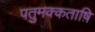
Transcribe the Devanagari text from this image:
पतुमक्कताष़ि